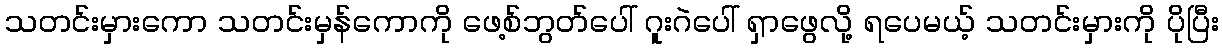
သတင်းမှားကော သတင်းမှန်ကောကို ဖေ့စ်ဘွတ်ပေါ် ဂူးဂဲပေါ် ရှာဖွေလို့ ရပေမယ့် သတင်းမှားကို ပိုပြီး